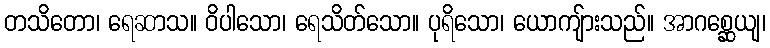
တသိတော၊ ရေဆာသ။ ဝိပါသော၊ ရေသိတ်သော။ ပုရိသော၊ ယောကျ်ားသည်။ အာဂစ္ဆေယျ၊